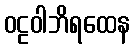
ဝဠဝါဘိရထေန